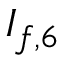
I _ { f , 6 }